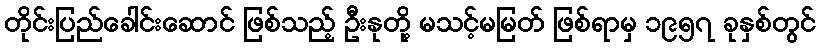
တိုင်းပြည်ခေါင်းဆောင် ဖြစ်သည့် ဦးနုတို့ မသင့်မမြတ် ဖြစ်ရာမှ ၁၉၅၇ ခုနှစ်တွင်